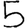
Digit: 5